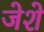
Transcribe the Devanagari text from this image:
जेशे